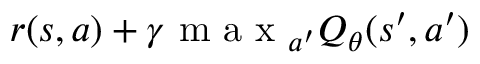
r ( s , a ) + \gamma \mathrm { ~ m ~ a ~ x ~ } _ { a ^ { \prime } } Q _ { \theta } ( s ^ { \prime } , a ^ { \prime } )